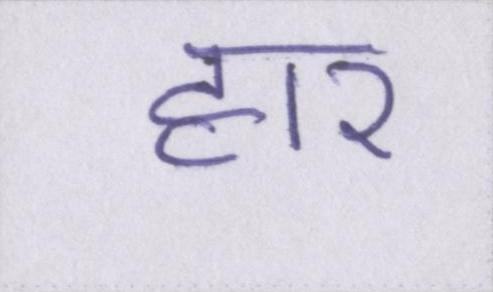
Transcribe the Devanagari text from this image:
हार